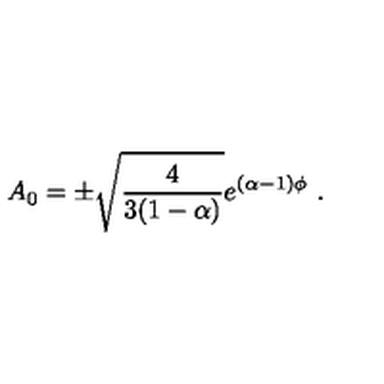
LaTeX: A _ { 0 } = \pm \sqrt { { \frac { 4 } { 3 ( 1 - \alpha ) } } } e ^ { ( \alpha - 1 ) \phi } \ .